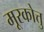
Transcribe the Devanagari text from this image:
मूरकोत्तु